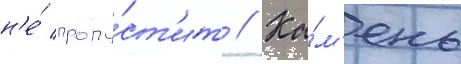
н'е́ пропу́ст'ит // Ка́м'ень